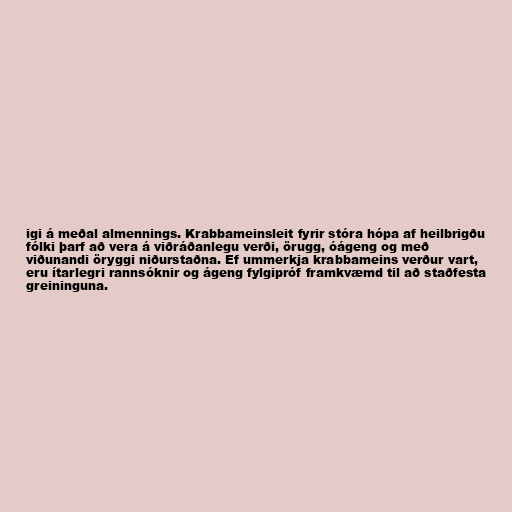
igi á meðal almennings. Krabbameinsleit fyrir stóra hópa af heilbrigðu
fólki þarf að vera á viðráðanlegu verði, örugg, óágeng og með
viðunandi öryggi niðurstaðna. Ef ummerkja krabbameins verður vart,
eru ítarlegri rannsóknir og ágeng fylgipróf framkvæmd til að staðfesta
greininguna.